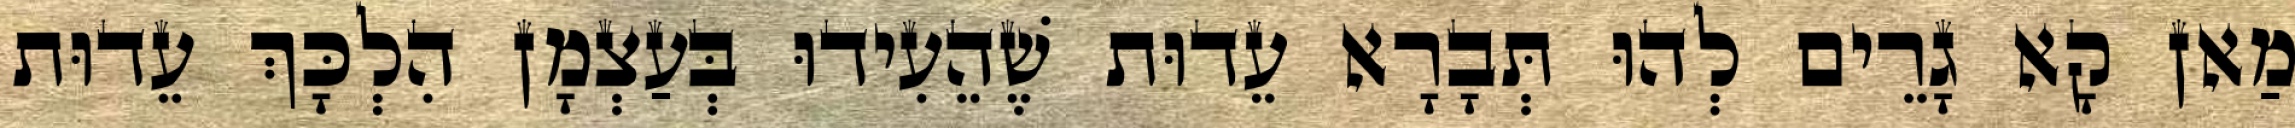
מַאן קָא גָרֵים לְהוּ תְּבָרָא עֵדוּת שֶׁהֵעִידוּ בְּעַצְמָן הִלְכָּךְ עֵדוּת